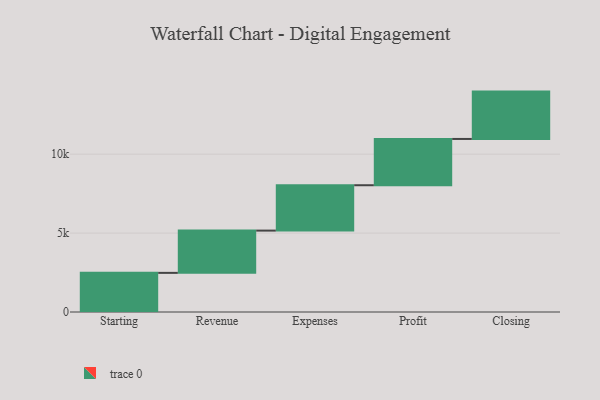
{"axis": {"x": "Step", "y": "Value"}, "legend": [""], "data": [{"x": "Starting", "y": 2479.0, "type": ""}, {"x": "Revenue", "y": 2678.0, "type": ""}, {"x": "Expenses", "y": 2875.0, "type": ""}, {"x": "Profit", "y": 2932.0, "type": ""}, {"x": "Closing", "y": 3000, "type": ""}]}